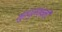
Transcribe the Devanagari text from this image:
मुत्थुलक्ष्मी